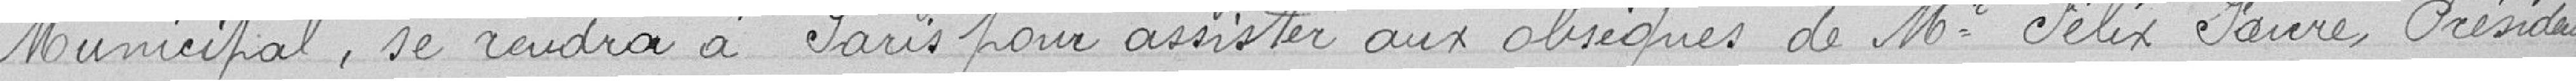
Municipal, se rendra à Paris pour assister aux obsèques de Mr. Félix Faure Président